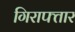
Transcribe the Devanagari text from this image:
गिराफ्तार